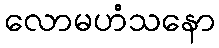
လောမဟံသနော